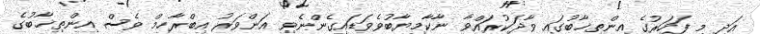
އަދި މި ފަހަރުގެ އިންތިޚާބުގައި ވާދަކުރައްވާ ނާކާމިޔާބުވެވަޑައިގެންނެވި އަންވަރު އިބްރާހިމް ވެސް އިންތިޚާބުގެ